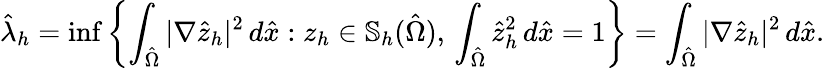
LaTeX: \hat{\lambda}_{h}=\operatorname*{inf}\left\{ \int_{\hat{\Omega}}|\nabla\hat{z}_{h}|^{2}\, d\hat{x}:z_{h}\in\mathbb{S}_{h}(\hat{\Omega}),\, \int_{\hat{\Omega}}\hat{z}_{h}^{2}\, d\hat{x}=1\right\} =\int_{\hat{\Omega}}|\nabla\hat{z}_{h}|^{2}\, d\hat{x}.